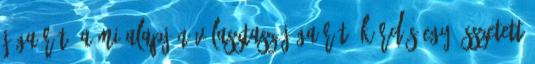
jógaórát? A mi alapján választasz jógaórát? kérdés egy összetett